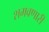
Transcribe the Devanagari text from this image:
शमवणारी